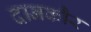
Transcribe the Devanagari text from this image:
दानकौर